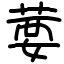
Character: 葽